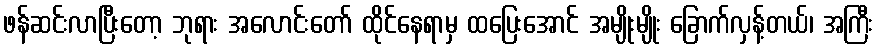
ဖန်ဆင်းလာပြီးတော့ ဘုရား အလောင်းတော် ထိုင်နေရာမှ ထပြေးအောင် အမျိုးမျိုး ခြောက်လှန့်တယ်၊ အကြီး